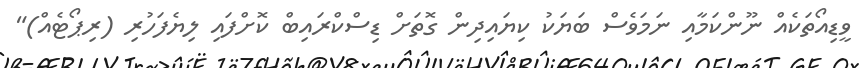
ވީޑިއޯތަކެއް ނޫންކަމާއި ނަމަވެސް ބަޔަކު ކިޔައިދިން ގޮތަށް ޑިސްކްރައިބް ކޮށްފައި ލިޔެފަހުރި (ރިޕޯޓެއް)"